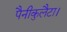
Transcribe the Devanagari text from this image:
पैनीकुलैटा।